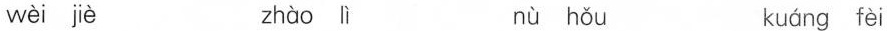
wèi jè zhào lì nù hǒu kuáng fèi